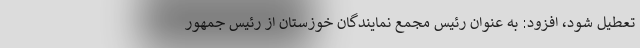
تعطیل شود، افزود: به عنوان رئیس مجمع نمایندگان خوزستان از رئیس جمهور